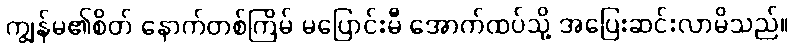
ကျွန်မ၏စိတ် နောက်တစ်ကြိမ် မပြောင်းမီ အောက်ထပ်သို့ အပြေးဆင်းလာမိသည်။